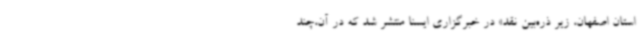
استان اصفهان، زیر ذره‌بین نقد» در خبرگزاری ایسنا منتشر شد که در آن،چند